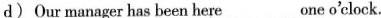
d) Our manager has been here ___ one o'clock.